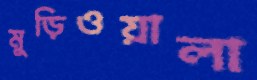
মুড়িওয়ালা